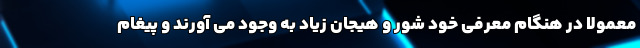
معمولا در هنگام معرفی خود شور و هیجان زیاد به وجود می آورند و پیغام